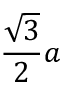
{ \frac { \sqrt { 3 } } { 2 } } a